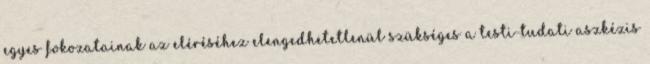
egyes fokozatainak az eléréséhez elengedhetetlenül szükséges a testi-tudati aszkézis